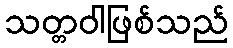
သတ္တဝါဖြစ်သည်